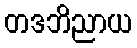
တဒဘိညာယ